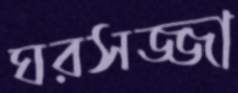
ঘরসজ্জা